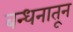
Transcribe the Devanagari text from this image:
बन्धनातून